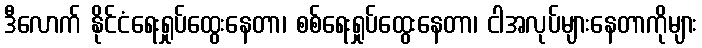
ဒီလောက် နိုင်ငံရေးရှုပ်ထွေးနေတာ၊ စစ်ရေးရှုပ်ထွေးနေတာ၊ ငါအလုပ်များနေတာကိုများ